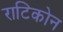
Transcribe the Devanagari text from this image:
राटिकोन